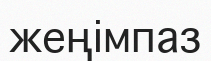
жеңімпаз